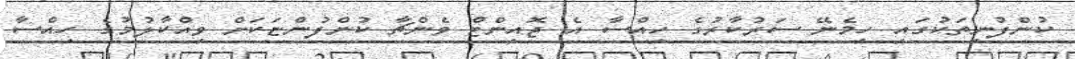
ކުންފުނިތަކުގައި ހިމެނޭ ސަރުކާރުގެ ހިއްސާ އެ ޖޮއިންޓް ވެންޗާ ކުންފުންޏަކަށް ވިއްކާލުމުގެ ހިއްސާ